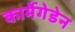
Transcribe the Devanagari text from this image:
कार्मेगेडेन